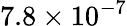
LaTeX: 7.8\times 10^{-7}